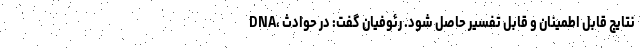
DNA، نتایج قابل اطمینان و قابل تفسیر حاصل شود. رئوفیان گفت: در حوادث